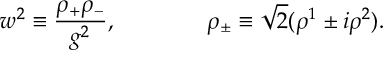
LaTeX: w ^ { 2 } \equiv \frac { \rho _ { + } \rho _ { - } } { g ^ { 2 } } , \qquad \qquad \rho _ { \pm } \equiv \sqrt { 2 } ( \rho ^ { 1 } \pm i \rho ^ { 2 } ) .